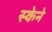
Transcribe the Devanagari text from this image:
स्केने